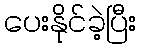
ပေးနိုင်ခဲ့ပြီး